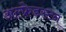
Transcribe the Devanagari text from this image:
अल्फ़्रेडस्टन